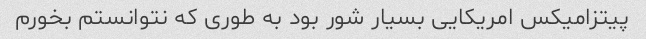
پیتزامیکس امریکایی بسیار شور بود به طوری که نتوانستم بخورم